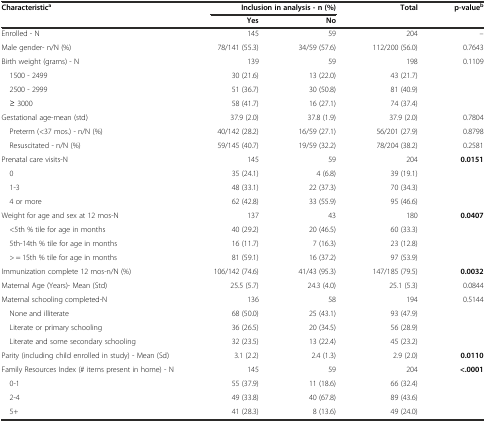
<table><thead><tr><td><b>Characteristic<sup>a</sup></b></td><td colspan="2"><b>Inclusion in analysis - n (%)</b></td><td><b>Total</b></td><td><b>p-value<sup>b</sup></b></td></tr><tr><td></td><td><b>Yes</b></td><td><b>No</b></td><td></td><td></td></tr></thead><tbody><tr><td>Enrolled - N</td><td>145</td><td>59</td><td>204</td><td>--</td></tr><tr><td>Male gender- n/N (%)</td><td>78/141 (55.3)</td><td>34/59 (57.6)</td><td>112/200 (56.0)</td><td>0.7643</td></tr><tr><td>Birth weight (grams) - N</td><td>139</td><td>59</td><td>198</td><td>0.1109</td></tr><tr><td> 1500 - 2499</td><td>30 (21.6)</td><td>13 (22.0)</td><td>43 (21.7)</td><td></td></tr><tr><td> 2500 - 2999</td><td>51 (36.7)</td><td>30 (50.8)</td><td>81 (40.9)</td><td></td></tr><tr><td> ≥ 3000</td><td>58 (41.7)</td><td>16 (27.1)</td><td>74 (37.4)</td><td></td></tr><tr><td>Gestational age-mean (std)</td><td>37.9 (2.0)</td><td>37.8 (1.9)</td><td>37.9 (2.0)</td><td>0.7804</td></tr><tr><td> Preterm (&lt;37 mos.) - n/N (%)</td><td>40/142 (28.2)</td><td>16/59 (27.1)</td><td>56/201 (27.9)</td><td>0.8798</td></tr><tr><td> Resuscitated - n/N (%)</td><td>59/145 (40.7)</td><td>19/59 (32.2)</td><td>78/204 (38.2)</td><td>0.2581</td></tr><tr><td>Prenatal care visits-N</td><td>145</td><td>59</td><td>204</td><td><b>0.0151</b></td></tr><tr><td> 0</td><td>35 (24.1)</td><td>4 (6.8)</td><td>39 (19.1)</td><td></td></tr><tr><td> 1-3</td><td>48 (33.1)</td><td>22 (37.3)</td><td>70 (34.3)</td><td></td></tr><tr><td> 4 or more</td><td>62 (42.8)</td><td>33 (55.9)</td><td>95 (46.6)</td><td></td></tr><tr><td>Weight for age and sex at 12 mos-N</td><td>137</td><td>43</td><td>180</td><td><b>0.0407</b></td></tr><tr><td> &lt;5th % tile for age in months</td><td>40 (29.2)</td><td>20 (46.5)</td><td>60 (33.3)</td><td></td></tr><tr><td> 5th-14th % tile for age in months</td><td>16 (11.7)</td><td>7 (16.3)</td><td>23 (12.8)</td><td></td></tr><tr><td> &gt; = 15th % tile for age in months</td><td>81 (59.1)</td><td>16 (37.2)</td><td>97 (53.9)</td><td></td></tr><tr><td>Immunization complete 12 mos-n/N (%)</td><td>106/142 (74.6)</td><td>41/43 (95.3)</td><td>147/185 (79.5)</td><td><b>0.0032</b></td></tr><tr><td>Maternal Age (Years)- Mean (Std)</td><td>25.5 (5.7)</td><td>24.3 (4.0)</td><td>25.1 (5.3)</td><td>0.0844</td></tr><tr><td>Maternal schooling completed-N</td><td>136</td><td>58</td><td>194</td><td>0.5144</td></tr><tr><td> None and illiterate</td><td>68 (50.0)</td><td>25 (43.1)</td><td>93 (47.9)</td><td></td></tr><tr><td> Literate or primary schooling</td><td>36 (26.5)</td><td>20 (34.5)</td><td>56 (28.9)</td><td></td></tr><tr><td> Literate and some secondary schooling</td><td>32 (23.5)</td><td>13 (22.4)</td><td>45 (23.2)</td><td></td></tr><tr><td>Parity (including child enrolled in study) - Mean (Sd)</td><td>3.1 (2.2)</td><td>2.4 (1.3)</td><td>2.9 (2.0)</td><td><b>0.0110</b></td></tr><tr><td>Family Resources Index (# items present in home) - N</td><td>145</td><td>59</td><td>204</td><td><b>&lt;.0001</b></td></tr><tr><td> 0-1</td><td>55 (37.9)</td><td>11 (18.6)</td><td>66 (32.4)</td><td></td></tr><tr><td> 2-4</td><td>49 (33.8)</td><td>40 (67.8)</td><td>89 (43.6)</td><td></td></tr><tr><td> 5+</td><td>41 (28.3)</td><td>8 (13.6)</td><td>49 (24.0)</td><td></td></tr></tbody></table>